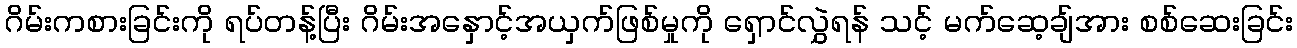
ဂိမ်းကစားခြင်းကို ရပ်တန့်ပြီး ဂိမ်းအနှောင့်အယှက်ဖြစ်မှုကို ရှောင်လွှဲရန် သင့် မက်ဆေ့ချ်အား စစ်ဆေးခြင်း